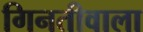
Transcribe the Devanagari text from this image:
गिनतीवाला